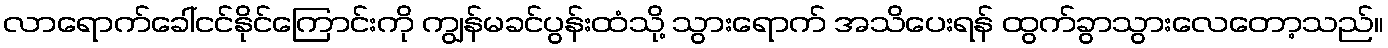
လာရောက်ခေါ်ငင်နိုင်ကြောင်းကို ကျွန်မခင်ပွန်းထံသို့ သွားရောက် အသိပေးရန် ထွက်ခွာသွားလေတော့သည်။